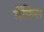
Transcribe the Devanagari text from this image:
मेंफ़िस